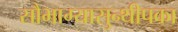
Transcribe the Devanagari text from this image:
सौभाग्यासुन्थीपका